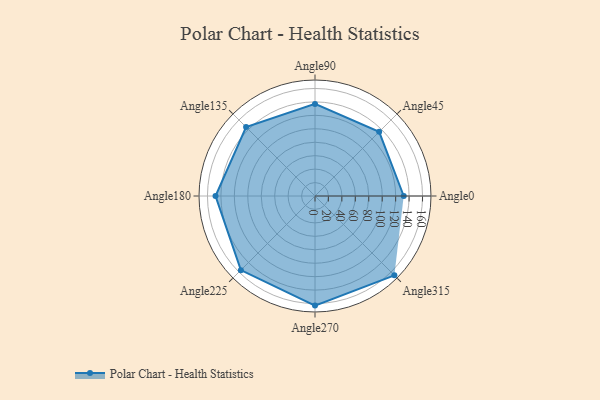
{"axis": {"x": "Angle", "y": "Radius"}, "legend": [""], "data": [{"x": "Angle0", "y": 132.0, "type": ""}, {"x": "Angle45", "y": 135.0, "type": ""}, {"x": "Angle90", "y": 137.0, "type": ""}, {"x": "Angle135", "y": 145.0, "type": ""}, {"x": "Angle180", "y": 148.0, "type": ""}, {"x": "Angle225", "y": 156.0, "type": ""}, {"x": "Angle270", "y": 163.0, "type": ""}, {"x": "Angle315", "y": 167.0, "type": ""}]}